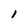
Character: l